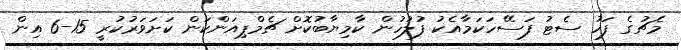
މެޗުގެ ފަހު ސެޓު ފަސޭހަކަމާއެކު ފުލުހުން ކާމިޔާބުކޮށް ޗެމްޕިއަންކަން ކަށަވަރުކުރީ 15-6 އިން